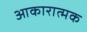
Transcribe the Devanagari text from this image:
आकारात्मक